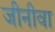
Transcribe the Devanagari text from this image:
जीनीवा